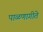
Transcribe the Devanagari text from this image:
पाळणागीते